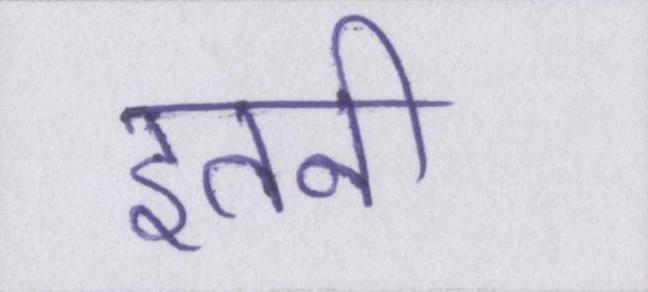
इतनी